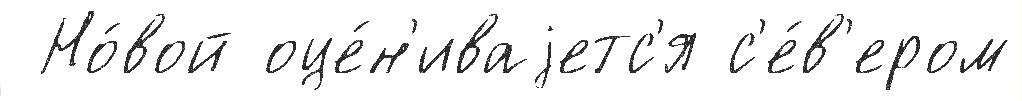
 Но́вой оце́н'иваjетс'я с'е́в'ером